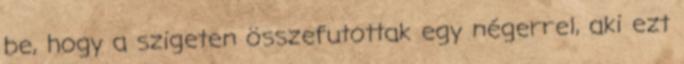
be, hogy a szigeten összefutottak egy négerrel, aki ezt